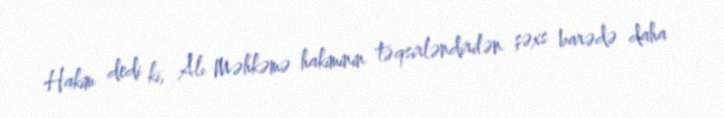
Hakim dedi ki, Alı Məhkəmə hakiminin təqsirləndirilən şəxs barədə daha